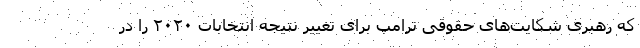
که رهبری شکایت‌های حقوقی ترامپ برای تغییر نتیجه انتخابات ۲۰۲۰ را در